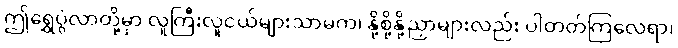
ဤရွှေပွဲလာတို့မှာ လူကြီးလူငယ်များသာမက၊ နို့စို့နို့ညှာများလည်း ပါတတ်ကြလေရာ၊